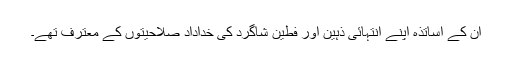
ان کے اساتذہ اپنے انتہائی ذہین اور فطین شاگرد کی خداداد صلاحیتوں کے معترف تھے۔